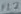
Text: FL2